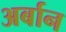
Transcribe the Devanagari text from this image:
अर्बान